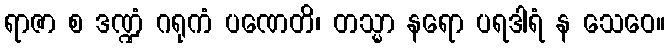
ရာဇာ စ ဒဏ္ဍံ ဂရုကံ ပဏေတိ၊ တသ္မာ နရော ပရဒါရံ န သေဝေ။